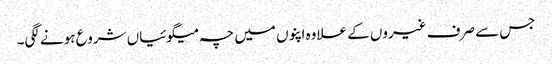
جس سے صرف غیروں کے علاوہ اپنوں میں چہ میگوئیاں شروع ہونے لگی۔